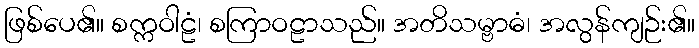
ဖြစ်ပေ၏။ စက္ကဝါဠံ၊ စကြာဝဠာသည်။ အတိသမ္ဗာဓံ၊ အလွန်ကျဉ်း၏။